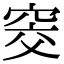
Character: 窔